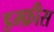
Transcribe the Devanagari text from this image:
डम्फ्रीस